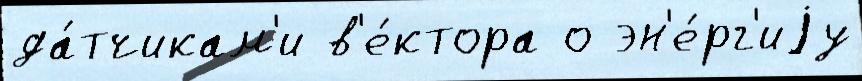
да́тчикам'и в'е́ктора о эн'е́рг'иjу